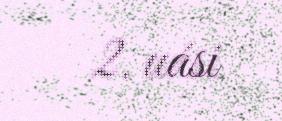
2. uási